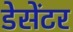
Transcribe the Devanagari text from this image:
डेसेंटर